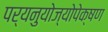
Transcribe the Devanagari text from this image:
पर्यनुयोज्योपेक्षण